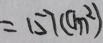
= 1 5 7 ( c m ^ { 2 } )